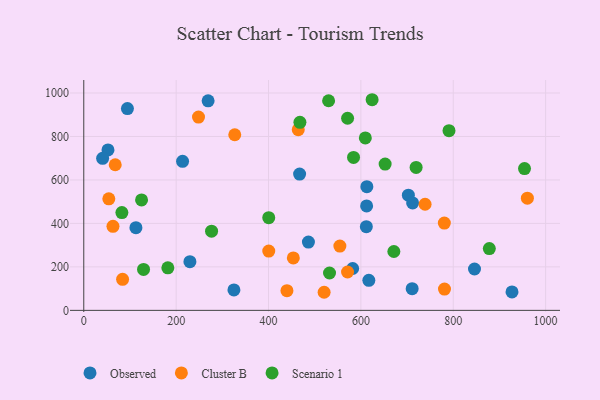
{"axis": {"x": "Ad Spend", "y": "Yield"}, "legend": ["Cluster B", "Observed", "Scenario 1"], "data": [{"x": "486.4", "y": 314.3, "type": "Observed"}, {"x": "927.2", "y": 84.8, "type": "Observed"}, {"x": "269.2", "y": 964.1, "type": "Observed"}, {"x": "229.8", "y": 223.9, "type": "Observed"}, {"x": "325.1", "y": 94.2, "type": "Observed"}, {"x": "612.4", "y": 480.3, "type": "Observed"}, {"x": "846.0", "y": 190.2, "type": "Observed"}, {"x": "617.2", "y": 138.3, "type": "Observed"}, {"x": "582.2", "y": 192.5, "type": "Observed"}, {"x": "112.9", "y": 380.3, "type": "Observed"}, {"x": "213.9", "y": 685.6, "type": "Observed"}, {"x": "467.3", "y": 626.9, "type": "Observed"}, {"x": "702.8", "y": 530.1, "type": "Observed"}, {"x": "612.9", "y": 568.9, "type": "Observed"}, {"x": "94.5", "y": 928.5, "type": "Observed"}, {"x": "611.8", "y": 385.2, "type": "Observed"}, {"x": "711.0", "y": 99.8, "type": "Observed"}, {"x": "52.4", "y": 738.2, "type": "Observed"}, {"x": "712.0", "y": 494.5, "type": "Observed"}, {"x": "40.8", "y": 699.3, "type": "Observed"}, {"x": "439.9", "y": 90.7, "type": "Cluster B"}, {"x": "571.1", "y": 176.4, "type": "Cluster B"}, {"x": "464.4", "y": 831.1, "type": "Cluster B"}, {"x": "63.2", "y": 386.4, "type": "Cluster B"}, {"x": "68.1", "y": 669.9, "type": "Cluster B"}, {"x": "54.2", "y": 513.1, "type": "Cluster B"}, {"x": "960.5", "y": 516.1, "type": "Cluster B"}, {"x": "453.7", "y": 241.1, "type": "Cluster B"}, {"x": "326.9", "y": 807.9, "type": "Cluster B"}, {"x": "781.0", "y": 97.7, "type": "Cluster B"}, {"x": "520.4", "y": 83.2, "type": "Cluster B"}, {"x": "554.5", "y": 295.9, "type": "Cluster B"}, {"x": "84.0", "y": 142.9, "type": "Cluster B"}, {"x": "400.5", "y": 272.8, "type": "Cluster B"}, {"x": "780.7", "y": 401.8, "type": "Cluster B"}, {"x": "739.0", "y": 488.1, "type": "Cluster B"}, {"x": "248.4", "y": 889.2, "type": "Cluster B"}, {"x": "624.3", "y": 969.1, "type": "Scenario 1"}, {"x": "571.2", "y": 883.9, "type": "Scenario 1"}, {"x": "182.0", "y": 195.9, "type": "Scenario 1"}, {"x": "954.3", "y": 652.4, "type": "Scenario 1"}, {"x": "671.4", "y": 270.8, "type": "Scenario 1"}, {"x": "400.5", "y": 426.5, "type": "Scenario 1"}, {"x": "652.5", "y": 673.1, "type": "Scenario 1"}, {"x": "82.5", "y": 450.1, "type": "Scenario 1"}, {"x": "532.1", "y": 171.8, "type": "Scenario 1"}, {"x": "530.1", "y": 964.4, "type": "Scenario 1"}, {"x": "129.4", "y": 188.5, "type": "Scenario 1"}, {"x": "468.0", "y": 865.0, "type": "Scenario 1"}, {"x": "719.6", "y": 657.4, "type": "Scenario 1"}, {"x": "790.8", "y": 826.6, "type": "Scenario 1"}, {"x": "276.7", "y": 364.3, "type": "Scenario 1"}, {"x": "878.1", "y": 284.4, "type": "Scenario 1"}, {"x": "584.1", "y": 703.7, "type": "Scenario 1"}, {"x": "125.1", "y": 508.1, "type": "Scenario 1"}, {"x": "609.6", "y": 793.3, "type": "Scenario 1"}]}